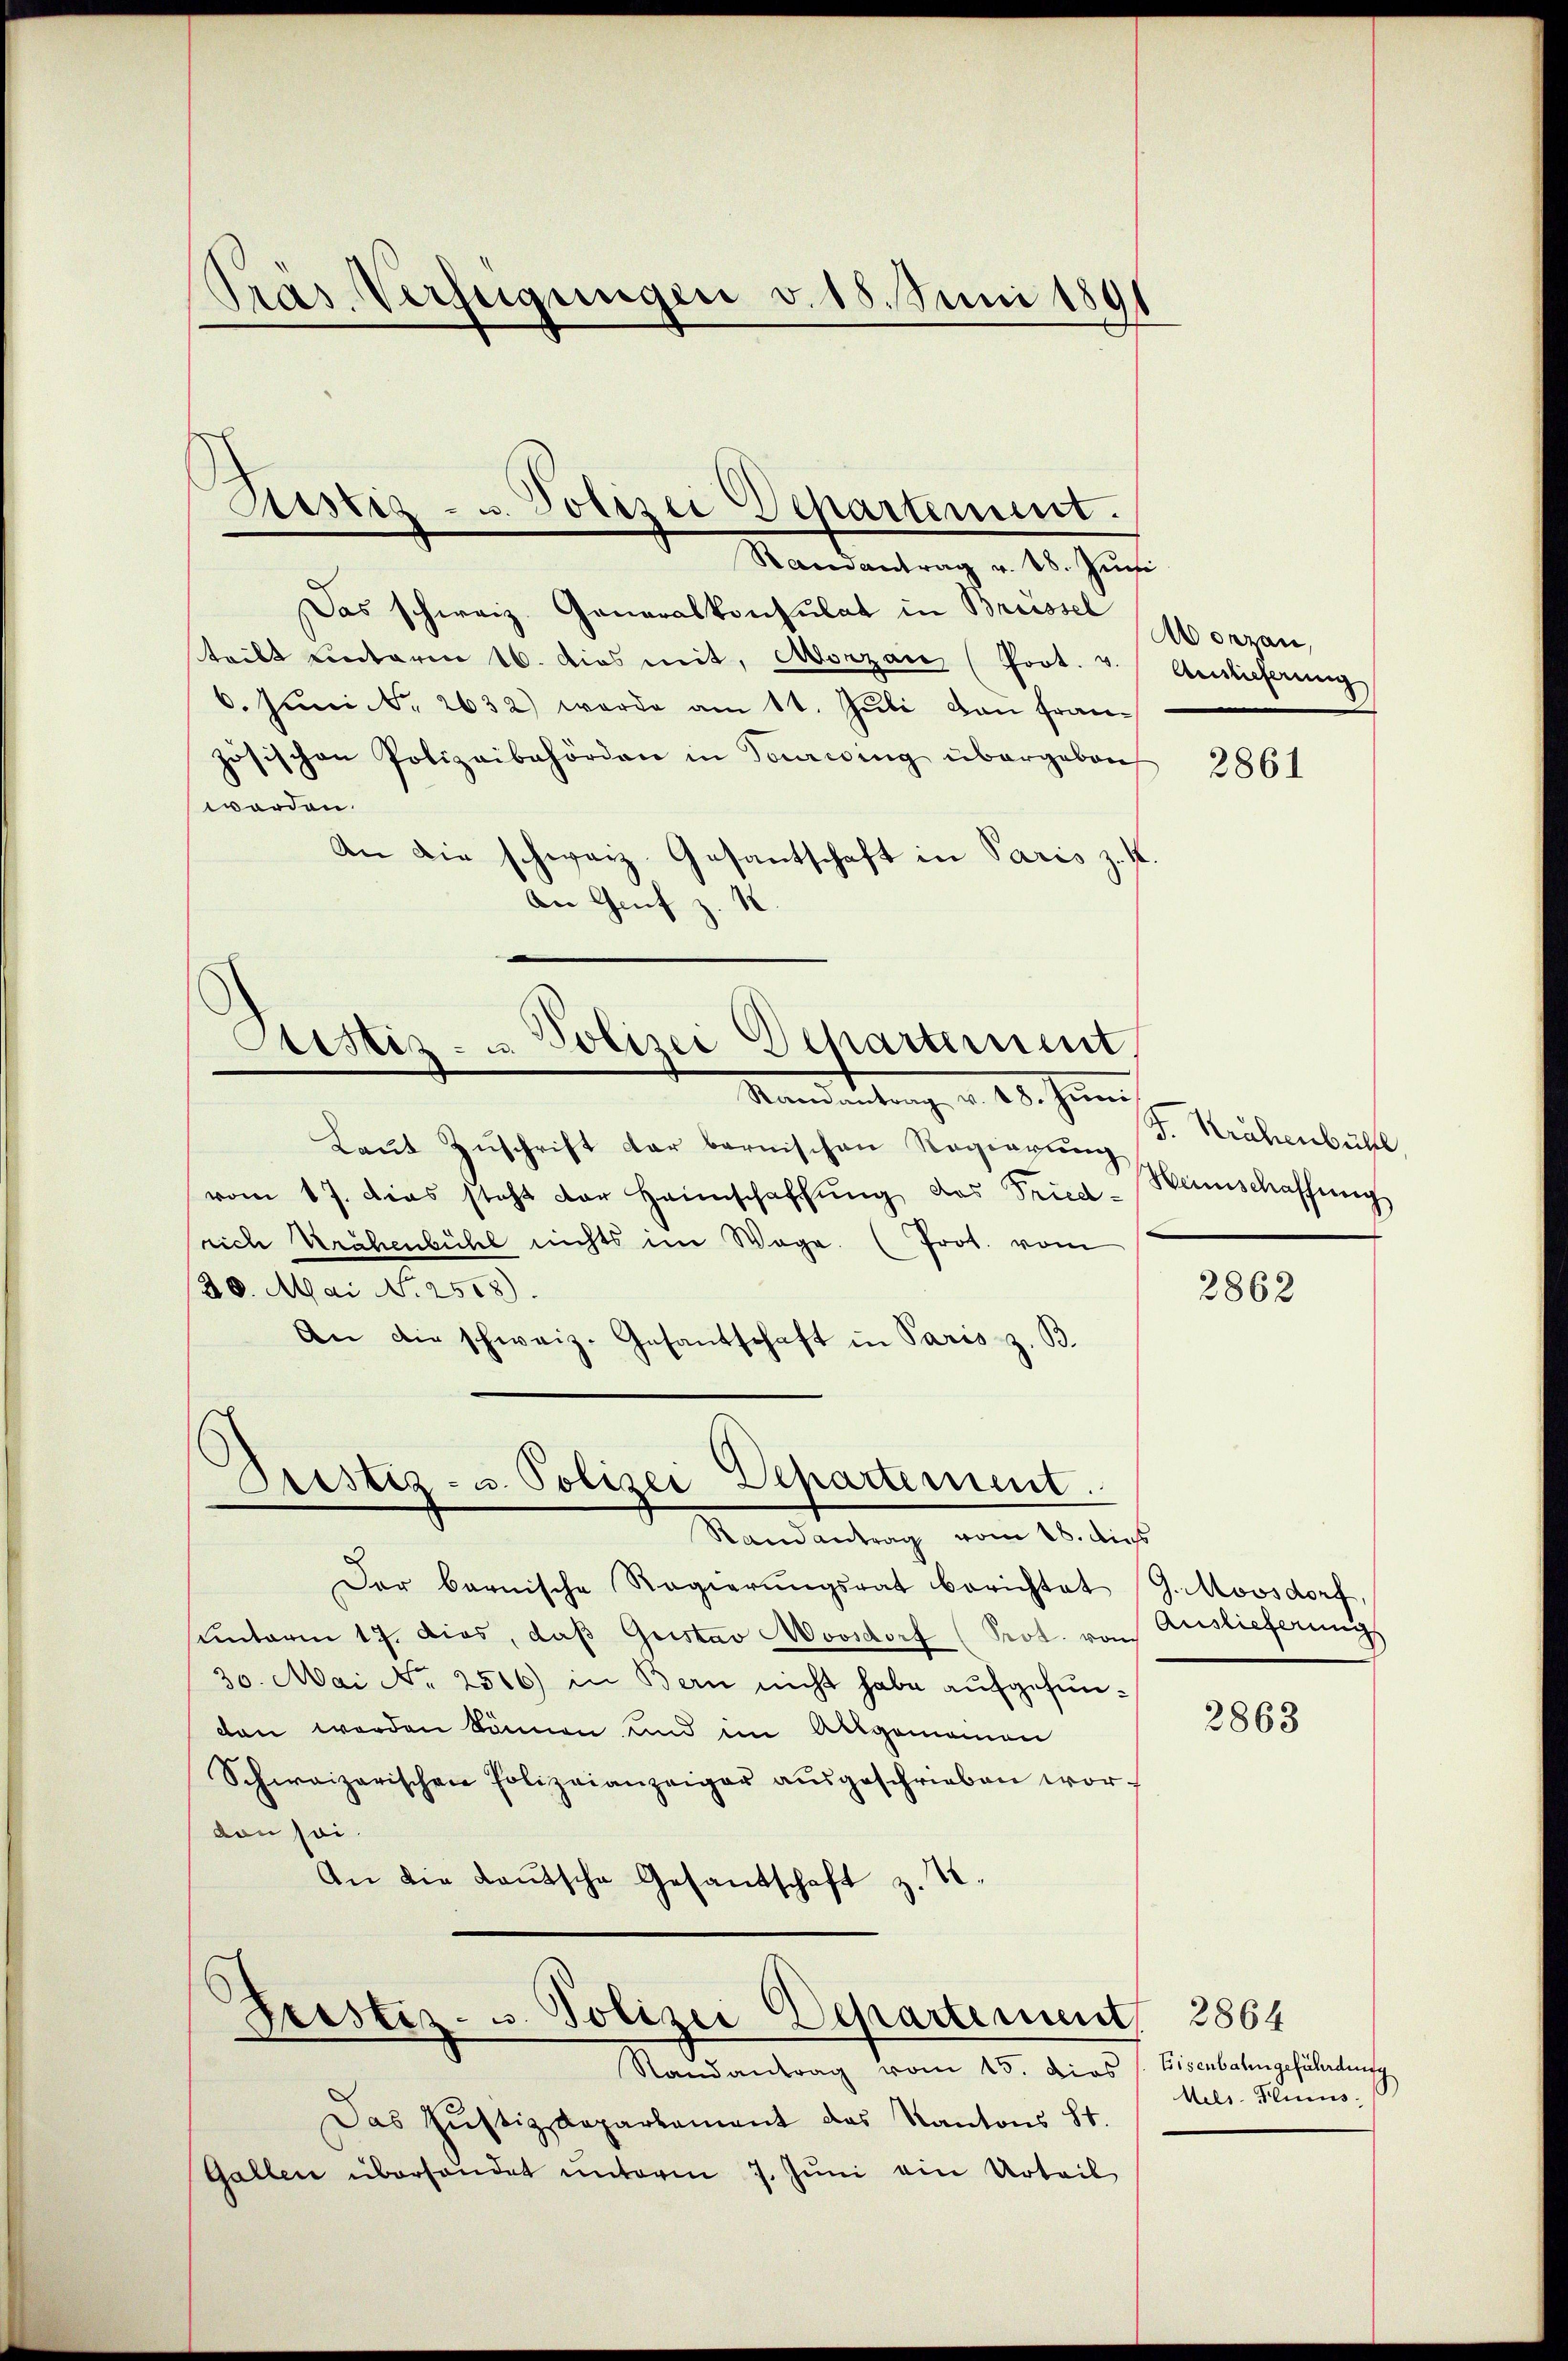
Pras. Verfügungen v. 18. Juni 1891

Randantrag v. 28. Juni
Das schweiz. Generalkonsulat in Brüssel
teilt unterm 16. dies mit, Morzan (Prot. v. Amtlicherung
6. Juni d. 2632) werde am 11. Juli von Französischen Polizeibehörden in Tarwing übergeben,
worden.
An die schweiz. Gesantschaft in Paris z. K
An Genf z. B.

Ristiz- u. Polizei Departement.

Justiz- u. Polizei Departement.

Mandereitung v. 18. Juni
Laut Zuschrift der bernischen Regierung
vom 17. dies steht der Heimschaffung des Fried-
rich Krähenbühl nichts im Wege. (Prot. vom
28. Mai N. 2508).
An die schweiz. Gesandschaft in Paris z. B.

Oristiz- u. Polizei Departement.
Randantrag vom 18. dieß

Grestiz- u. Polizei Departement. 2864

Der bernische Regierungsrat berichtet G. Moosdorf,
unterm 17. dies, daß Gustav Moosdorf (Prot. von
30. Mai No 2516) in Bern nicht habe aufgefunden werden können, und im Allgemeinen
Schweizerischen Polizeianzeiger aŭsgeschrieben worden sei.
An die Laŭtsche Gesandschaft z. T.

Randantrag vom 25. dies /: Eisenbahngefährdung
Das Justizdepartement das Kantons St.
Gallen überhandet ŭnterm 7. Jŭni ein Urteil

Morzau,

2861

F. Krähenbühl,
Weinschaffung

2862

Auslieferung

2863

Aels. Flies